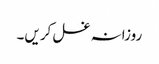
روزانہ غسل کریں۔